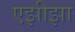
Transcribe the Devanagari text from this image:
एझीझा